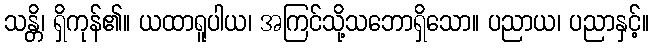
သန္တိ၊ ရှိကုန်၏။ ယထာရူပါယ၊ အကြင်သို့သဘောရှိသော။ ပညာယ၊ ပညာနှင့်။